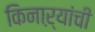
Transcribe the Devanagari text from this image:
किनाऱ्यांची